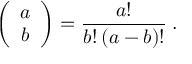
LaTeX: \left( \begin{array} { c } { { a } } \\ { { b } } \end{array} \right) = \frac { a ! } { b ! \: ( a - b ) ! } \: .